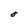
Character: O